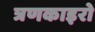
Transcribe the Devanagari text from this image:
त्रणकाइरो